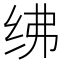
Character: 绋